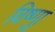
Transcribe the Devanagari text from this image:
विष्णुा